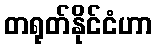
တရုတ်နိုင်ငံဟာ